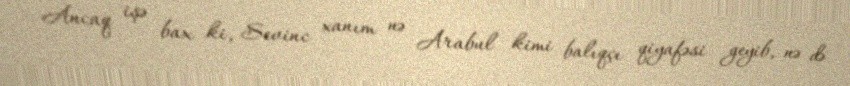
Ancaq işə bax ki, Sevinc xanım nə Arabul kimi balıqçı qiyafəsi geyib, nə də